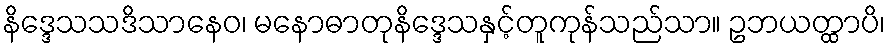
နိဒ္ဒေသသဒိသာနေဝ၊ မနောဓာတုနိဒ္ဒေသနှင့်တူကုန်သည်သာ။ ဥဘယတ္ထာပိ၊